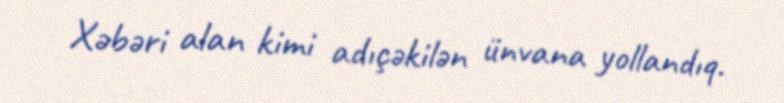
Xəbəri alan kimi adıçəkilən ünvana yollandıq.